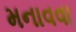
મનાવવા